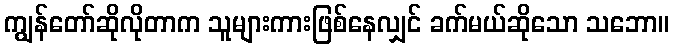
ကျွန်တော်ဆိုလိုတာက သူများကားဖြစ်နေလျှင် ခက်မယ်ဆိုသော သဘော။